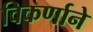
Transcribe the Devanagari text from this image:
विकर्णाने